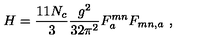
H = \frac { 1 1 N _ { c } } { 3 } \frac { g ^ { 2 } } { 3 2 \pi ^ { 2 } } F _ { a } ^ { m n } F _ { m n , a } \ ,